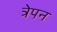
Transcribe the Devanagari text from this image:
त्रेपन